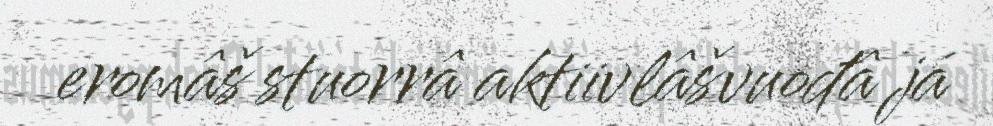
eromâš stuorrâ aktiivlâšvuođâ já